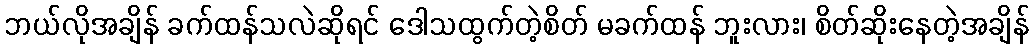
ဘယ်လိုအချိန် ခက်ထန်သလဲဆိုရင် ဒေါသထွက်တဲ့စိတ် မခက်ထန် ဘူးလား၊ စိတ်ဆိုးနေတဲ့အချိန်